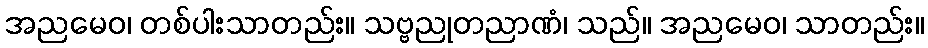
အညမေဝ၊ တစ်ပါးသာတည်း။ သဗ္ဗညုတညာဏံ၊ သည်။ အညမေဝ၊ သာတည်း။